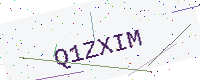
Text: Q1ZXIM